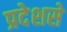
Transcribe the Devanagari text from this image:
प्रदेशसे